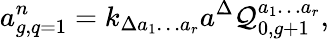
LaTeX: a_{g,q=1}^{n}=k_{\Delta a_{1}\ldots a_{r}}a^{\Delta}{\cal Q}_{0,g+1}^{a_{1}\ldots a_{r}},